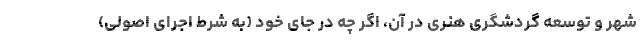
شهر و توسعه گردشگری هنری در آن، اگر چه در جای خود (به شرط اجرای اصولی)